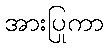
အားပြုကာ